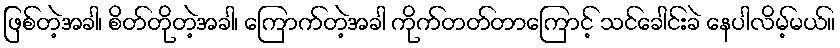
ဖြစ်တဲ့အခါ၊ စိတ်တိုတဲ့အခါ၊ ကြောက်တဲ့အခါ ကိုက်တတ်တာကြောင့် သင်ခေါင်းခဲ နေပါလိမ့်မယ်။